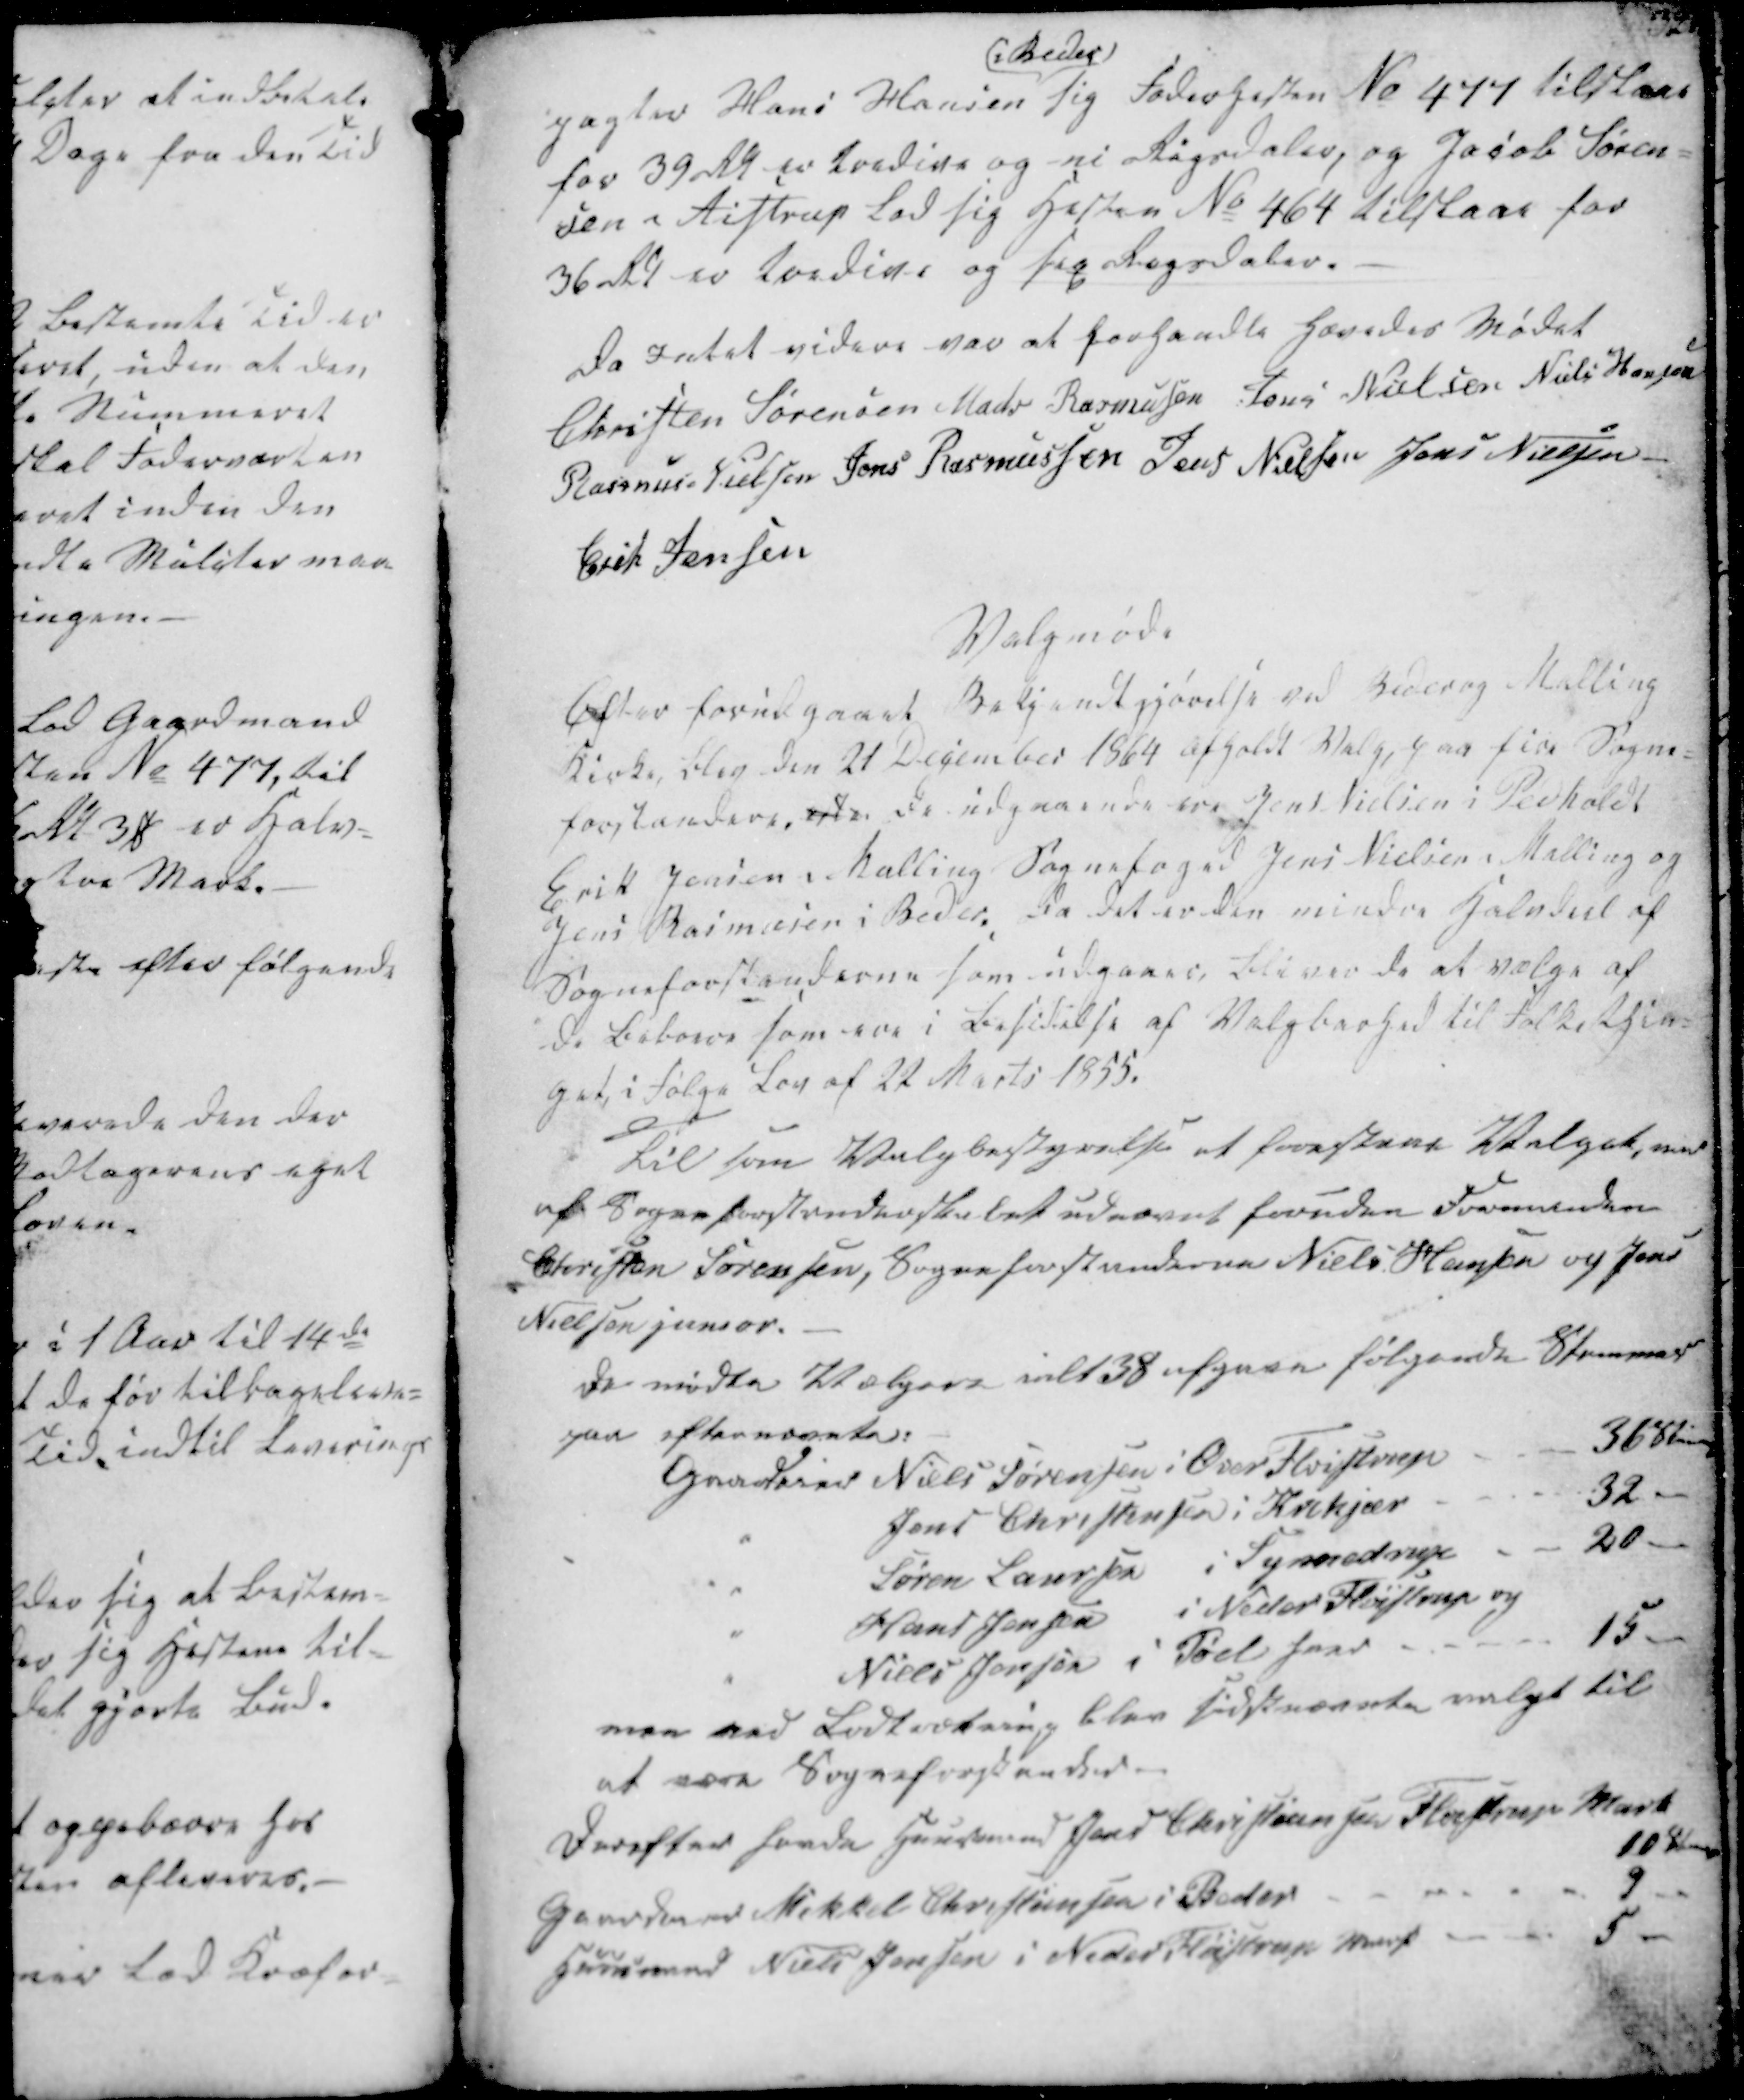
Transskription:
pagter Hans Hansen
i Beder
sig Foderhesten No 477 tilstaae
for 39 Rdl er tredive og ni Rigsdaler, og Jacob Søren-
sen i Aistrup lod sig Hesten No 464 tilstaae for
36 Rdl er tredive og sex Rigsdaler.

Da Intet videre var at forhandle hævedes Mødet
Christen Sørensen
Mads Rasmussen
Jens Nielsen
Niels Hansen
Rasmus Nielsen
Jens Rasmussen
Jens Nielsen
Jens Nielsen
Erik Jensen

Valgmøde
Efter forudgaaet Bekjendtgjørelse ved Beder og Malling
Kirke, blev den 21 December 1864 afholdt Valg, paa fire Sogne-
forstandere. erden De udgaaende ere Jens Nielsen i Pedholdt
Erik Jensen i Malling Sognefoged Jens Nielsen i Malling og
Jens Rasmussen i Beder. Da det er den mindre Halvdel af
Sogneforstanderne som udgaaer, bliver de at vælge af
de Beboere som ere i Besidelse af Valgbarhed til Folkethin-
get i Følge Lov af 22 Marts 1855.

Til som Valgbestyrelse at forestaae Valget, var
af Sogneforstanderskabet udnævnt foruden Formanden
Christen Sørensen, Sogneforstanderne Niels Hansen og Jens
Nielsen junior.

De mødte Vælgere ialt 38 afgave følgende Stemmer
paa efternævnte:
Gaardeier Niels Sørensen i Over Fløistrup
36 Stem
Jens Christensen i Krekjær
32
Søren Laursen i Synnedrup
20
Hans Jensen i Neder Fløistrup og
Niels Jensen i Pøel hver
15
men ved Lodtrækning blev sidstnævnte valgt til
at være Sogneforstander-

Derefter havde Huusmand Jens Christiansen Fløistrup Mark
10 Stemer
Gaardmand Mikkel Christiansen i Beder
9
Huusmand Niels Jensen i Neder Fløistrup Mark
5